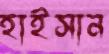
হাইসান